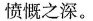
愤慨之深。